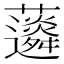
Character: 𧅊